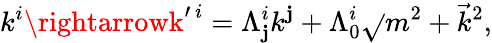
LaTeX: k^{i}\rightarrowk^{\prime\ i}=\Lambda_{\mathbf{j}}^{i}k^{\mathbf{j}}+\Lambda_{0}^{i}\sqrt{}{{m^{2}+{\vec{{k}}}^{2}}},